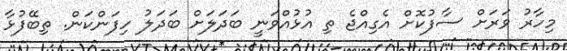
މިހާރު ވަރަށް ސާފުކޮށް އެގިއްޖެ ތި އުޅުއްވަނީ ބަދަލަށް ބަދަލު ހިފަންކަން. ތިބޭފުޅާ